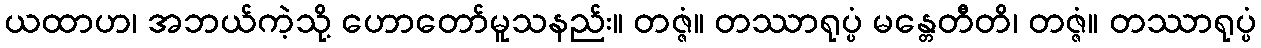
ယထာဟ၊ အဘယ်ကဲ့သို့ ဟောတော်မူသနည်း။ တဇ္ဇံ။ တဿာရုပ္ပံ မန္တေတီတိ၊ တဇ္ဇံ။ တဿာရုပ္ပံ